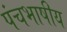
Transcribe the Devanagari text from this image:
पंचभाषीय